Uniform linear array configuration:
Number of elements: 16
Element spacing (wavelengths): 0.25
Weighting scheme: hamming
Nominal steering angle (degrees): -30
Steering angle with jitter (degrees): -30.635
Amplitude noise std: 0.05
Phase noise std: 0.05

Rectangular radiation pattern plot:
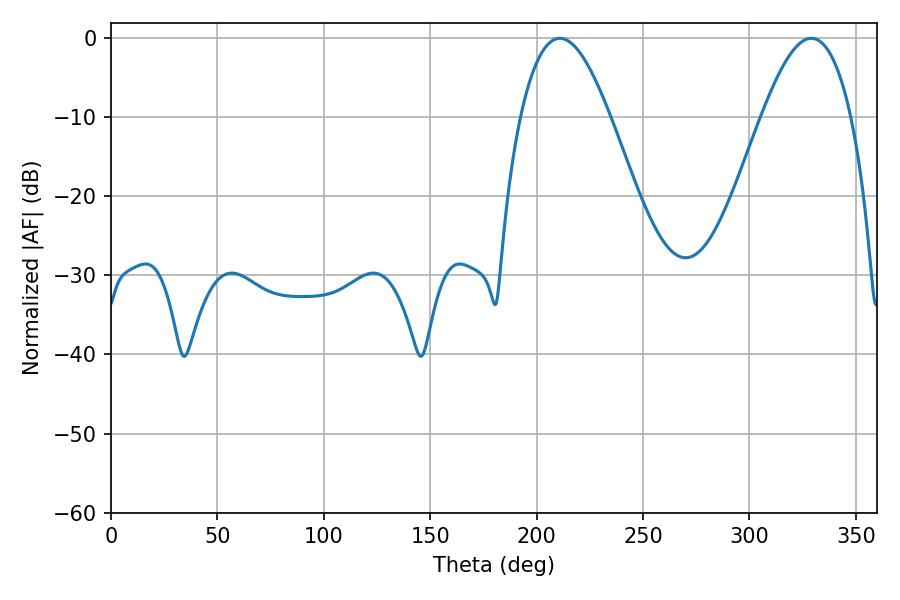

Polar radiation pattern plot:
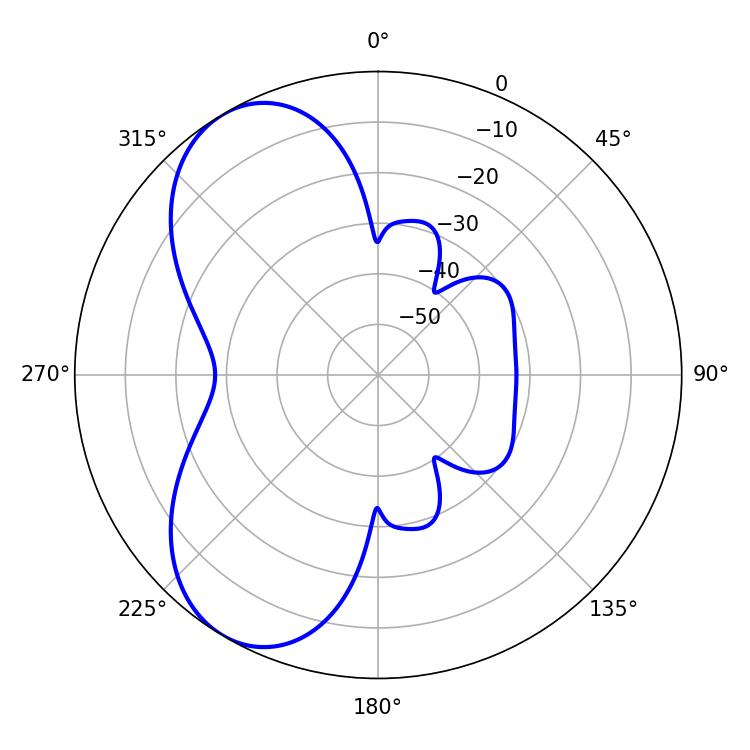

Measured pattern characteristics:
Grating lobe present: FALSE
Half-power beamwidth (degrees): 23.04
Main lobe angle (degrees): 210.96